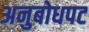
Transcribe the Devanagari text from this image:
अनुबोधपट